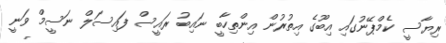
ރިޔާސީ ކެމްޕޭނުގައި އިބޫގެ އިތުރުން އިންތިހާބީ ނައިބު ރައީސް ފައިސަލް ނަސީމް ވަނީ